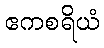
ဧကစရိယံ